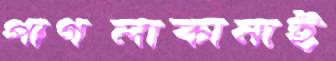
পাগলাকানাই